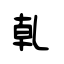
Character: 乹